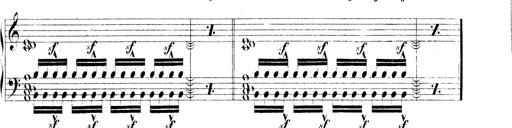
Title: Technische Studien
Composer: Franz Liszt